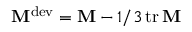
\mathbf { M } ^ { \mathrm { d e v } } = \mathbf { M } - 1 / 3 \operatorname { t r } \mathbf { M }